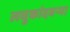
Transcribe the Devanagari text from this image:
लघुकांदबर्‍या